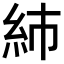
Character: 𥾧